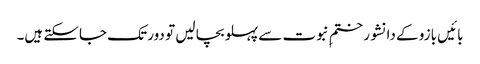
بائیں بازو کے دانشور ختمِ نبوت سے پہلو بچا لیں تو دور تک جاسکتے ہیں۔